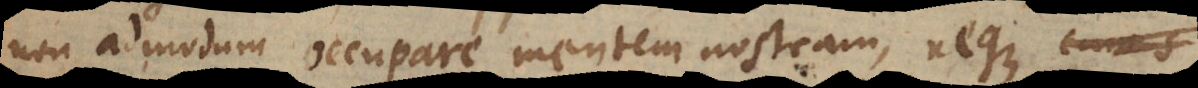
non admodum occupare mentem nostram, neque cura